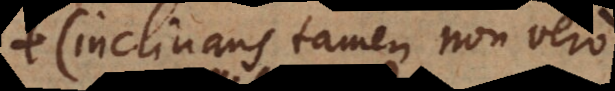
(inclinans tamen, non vero